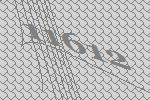
11612